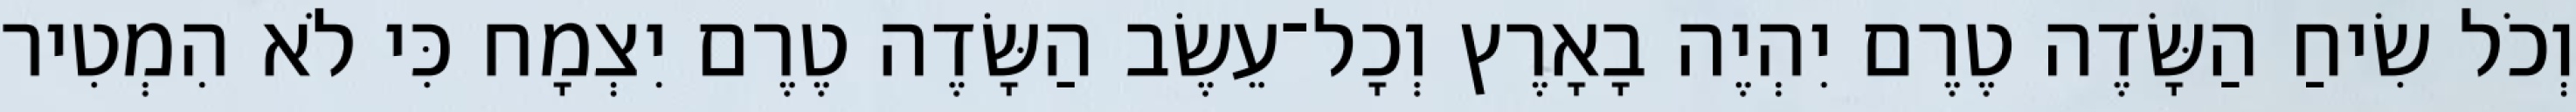
וְכֹל שִׂיחַ הַשָּׂדֶה טֶרֶם יִהְיֶה בָאָרֶץ וְכָל־עֵשֶׂב הַשָּׂדֶה טֶרֶם יִצְמָח כִּי לֹא הִמְטִיר